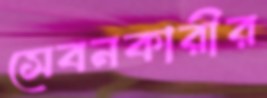
সেবনকারীর